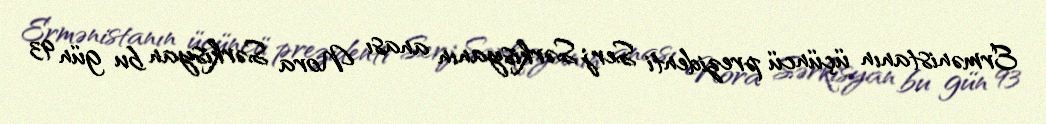
Ermənistanın üçüncü prezidenti Serj Sərkisyanın anası Nora Sərkisyan bu gün 93